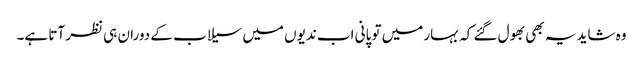
وہ شاید یہ بھی بھول گئے کہ بہار میں تو پانی اب ندیوں میں سیلاب کے دوران ہی نظر آتا ہے۔